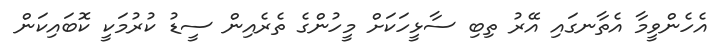
އެހެންވީމާ އެތާނގައި އޭރު ތިބި ސާޅީހަކަށް މީހުންގެ ތެރެއިން ސީޑު ކުރުމަކީ ކޮބައިކަން